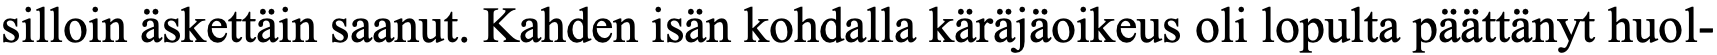
silloin äskettäin saanut. Kahden isän kohdalla käräjäoikeus oli lopulta päättänyt huol-